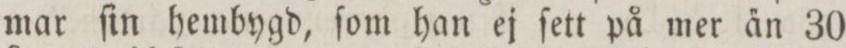
mar ſin hembygd, ſom han ej ſett på mer a̋n 30